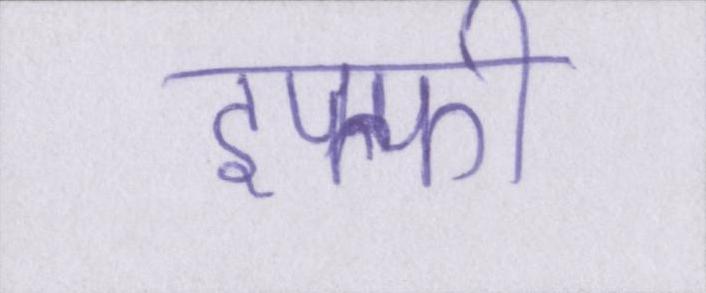
इफ्फी